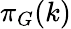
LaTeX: \pi_{G}(k)